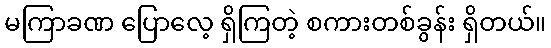
မကြာခဏ ပြောလေ့ ရှိကြတဲ့ စကားတစ်ခွန်း ရှိတယ်။